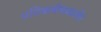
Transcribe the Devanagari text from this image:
प्रतिकर्षणवाले।